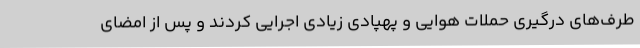
طرف‌های درگیری حملات هوایی و پهپادی زیادی اجرایی کردند و پس از امضای